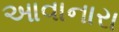
આવાનારા